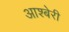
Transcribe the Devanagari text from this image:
आश्बेरी